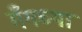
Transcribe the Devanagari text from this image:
गँगच्या